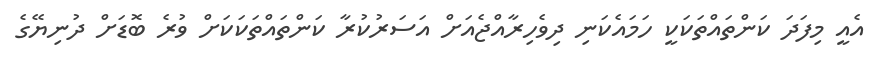
އެއީ މިފަދަ ކަންތައްތަކަކީ ހަމައެކަނި ދިވެހިރާއްޖެއަށް އަސަރުކުރާ ކަންތައްތަކަކަށް ވުރެ ބޮޑަށް ދުނިޔޭގެ